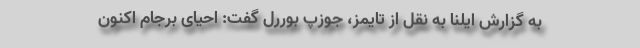
به گزارش ایلنا به نقل از تایمز، جوزپ بوررل گفت: احیای برجام اکنون